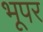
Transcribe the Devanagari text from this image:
भूपर